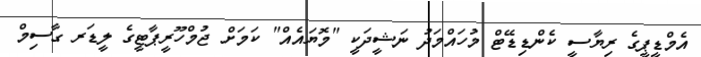
އެމްޑީޕީގެ ރިޔާސީ ކެންޑިޑޭޓް މުހައްމަދު ނަޝީދަކީ "މޮޔައެއް" ކަމަށް ޖުމްހޫރީޕާޓީގެ ލީޑަރ ގާސިމް